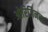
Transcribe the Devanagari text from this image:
ओरिजिनचा